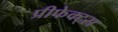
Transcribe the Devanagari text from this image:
प्रीफेक्ट्स